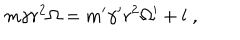
m \gamma r ^ { 2 } \Omega = m ^ { \prime } \gamma ^ { \prime } r ^ { 2 } \Omega ^ { \prime } + l \; ,